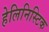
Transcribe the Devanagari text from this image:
हेलिनिस्टिक